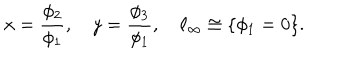
x = { \frac { \phi _ { 2 } } { \phi _ { 1 } } } , \quad y = { \frac { \phi _ { 3 } } { \phi _ { 1 } } } , \quad \ell _ { \infty } \cong \{ \phi _ { 1 } = 0 \} .